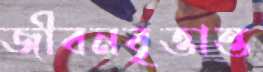
জীবনবৃত্তান্ত